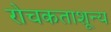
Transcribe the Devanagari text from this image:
रोचकताशून्य